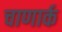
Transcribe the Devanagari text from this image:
चाणार्क